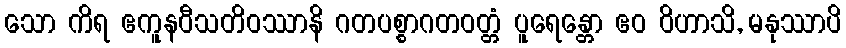
သော ကိရ ဧကူနဝီသတိဝဿာနိ ဂတပစ္စာဂတဝတ္တံ ပူရေန္တော ဧဝ ဝိဟာသိ, မနုဿာပိ